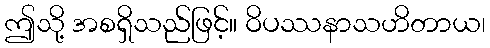
ဤသို့ အစရှိသည်ဖြင့်။ ဝိပဿနာသဟိတာယ၊